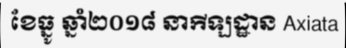
ខែធ្នូ ឆ្នាំ២០១៨ នាកីឡដ្ឋាន Axiata